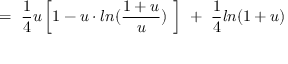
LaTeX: = \ \frac { 1 } { 4 } u \left[ 1 - u \cdot l n ( \frac { 1 + u } { u } ) \ \right] \ + \ \frac { 1 } { 4 } l n ( 1 + u )